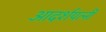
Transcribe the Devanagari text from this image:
आदर्शपत्नी